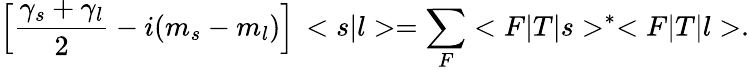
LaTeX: \Big[\frac{{\gamma}_{s}+{\gamma}_{l}}{2}-i(m_{s}-m_{l})\Big]\, <s|l>=\sum_{F}<F|T|s>^{\ast}<F|T|l>.